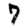
Digit: 7